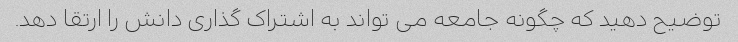
توضیح دهید که چگونه جامعه می تواند به اشتراک گذاری دانش را ارتقا دهد.